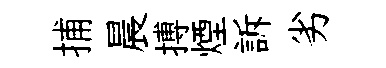
捕晨搏煙訴劣